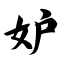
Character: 妒